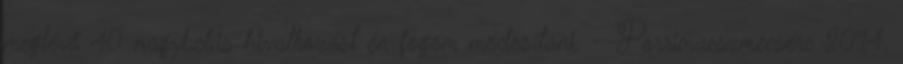
meglévő 40 nagybetűs hivatkozást én fogom módosítani. --Porrimaeszmecsere 2014.